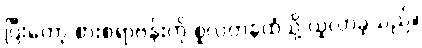
ပြီးတော့ စားစရာဗန်းကို စူလတန်ထံသို့ ယူလာခဲ့သည်။